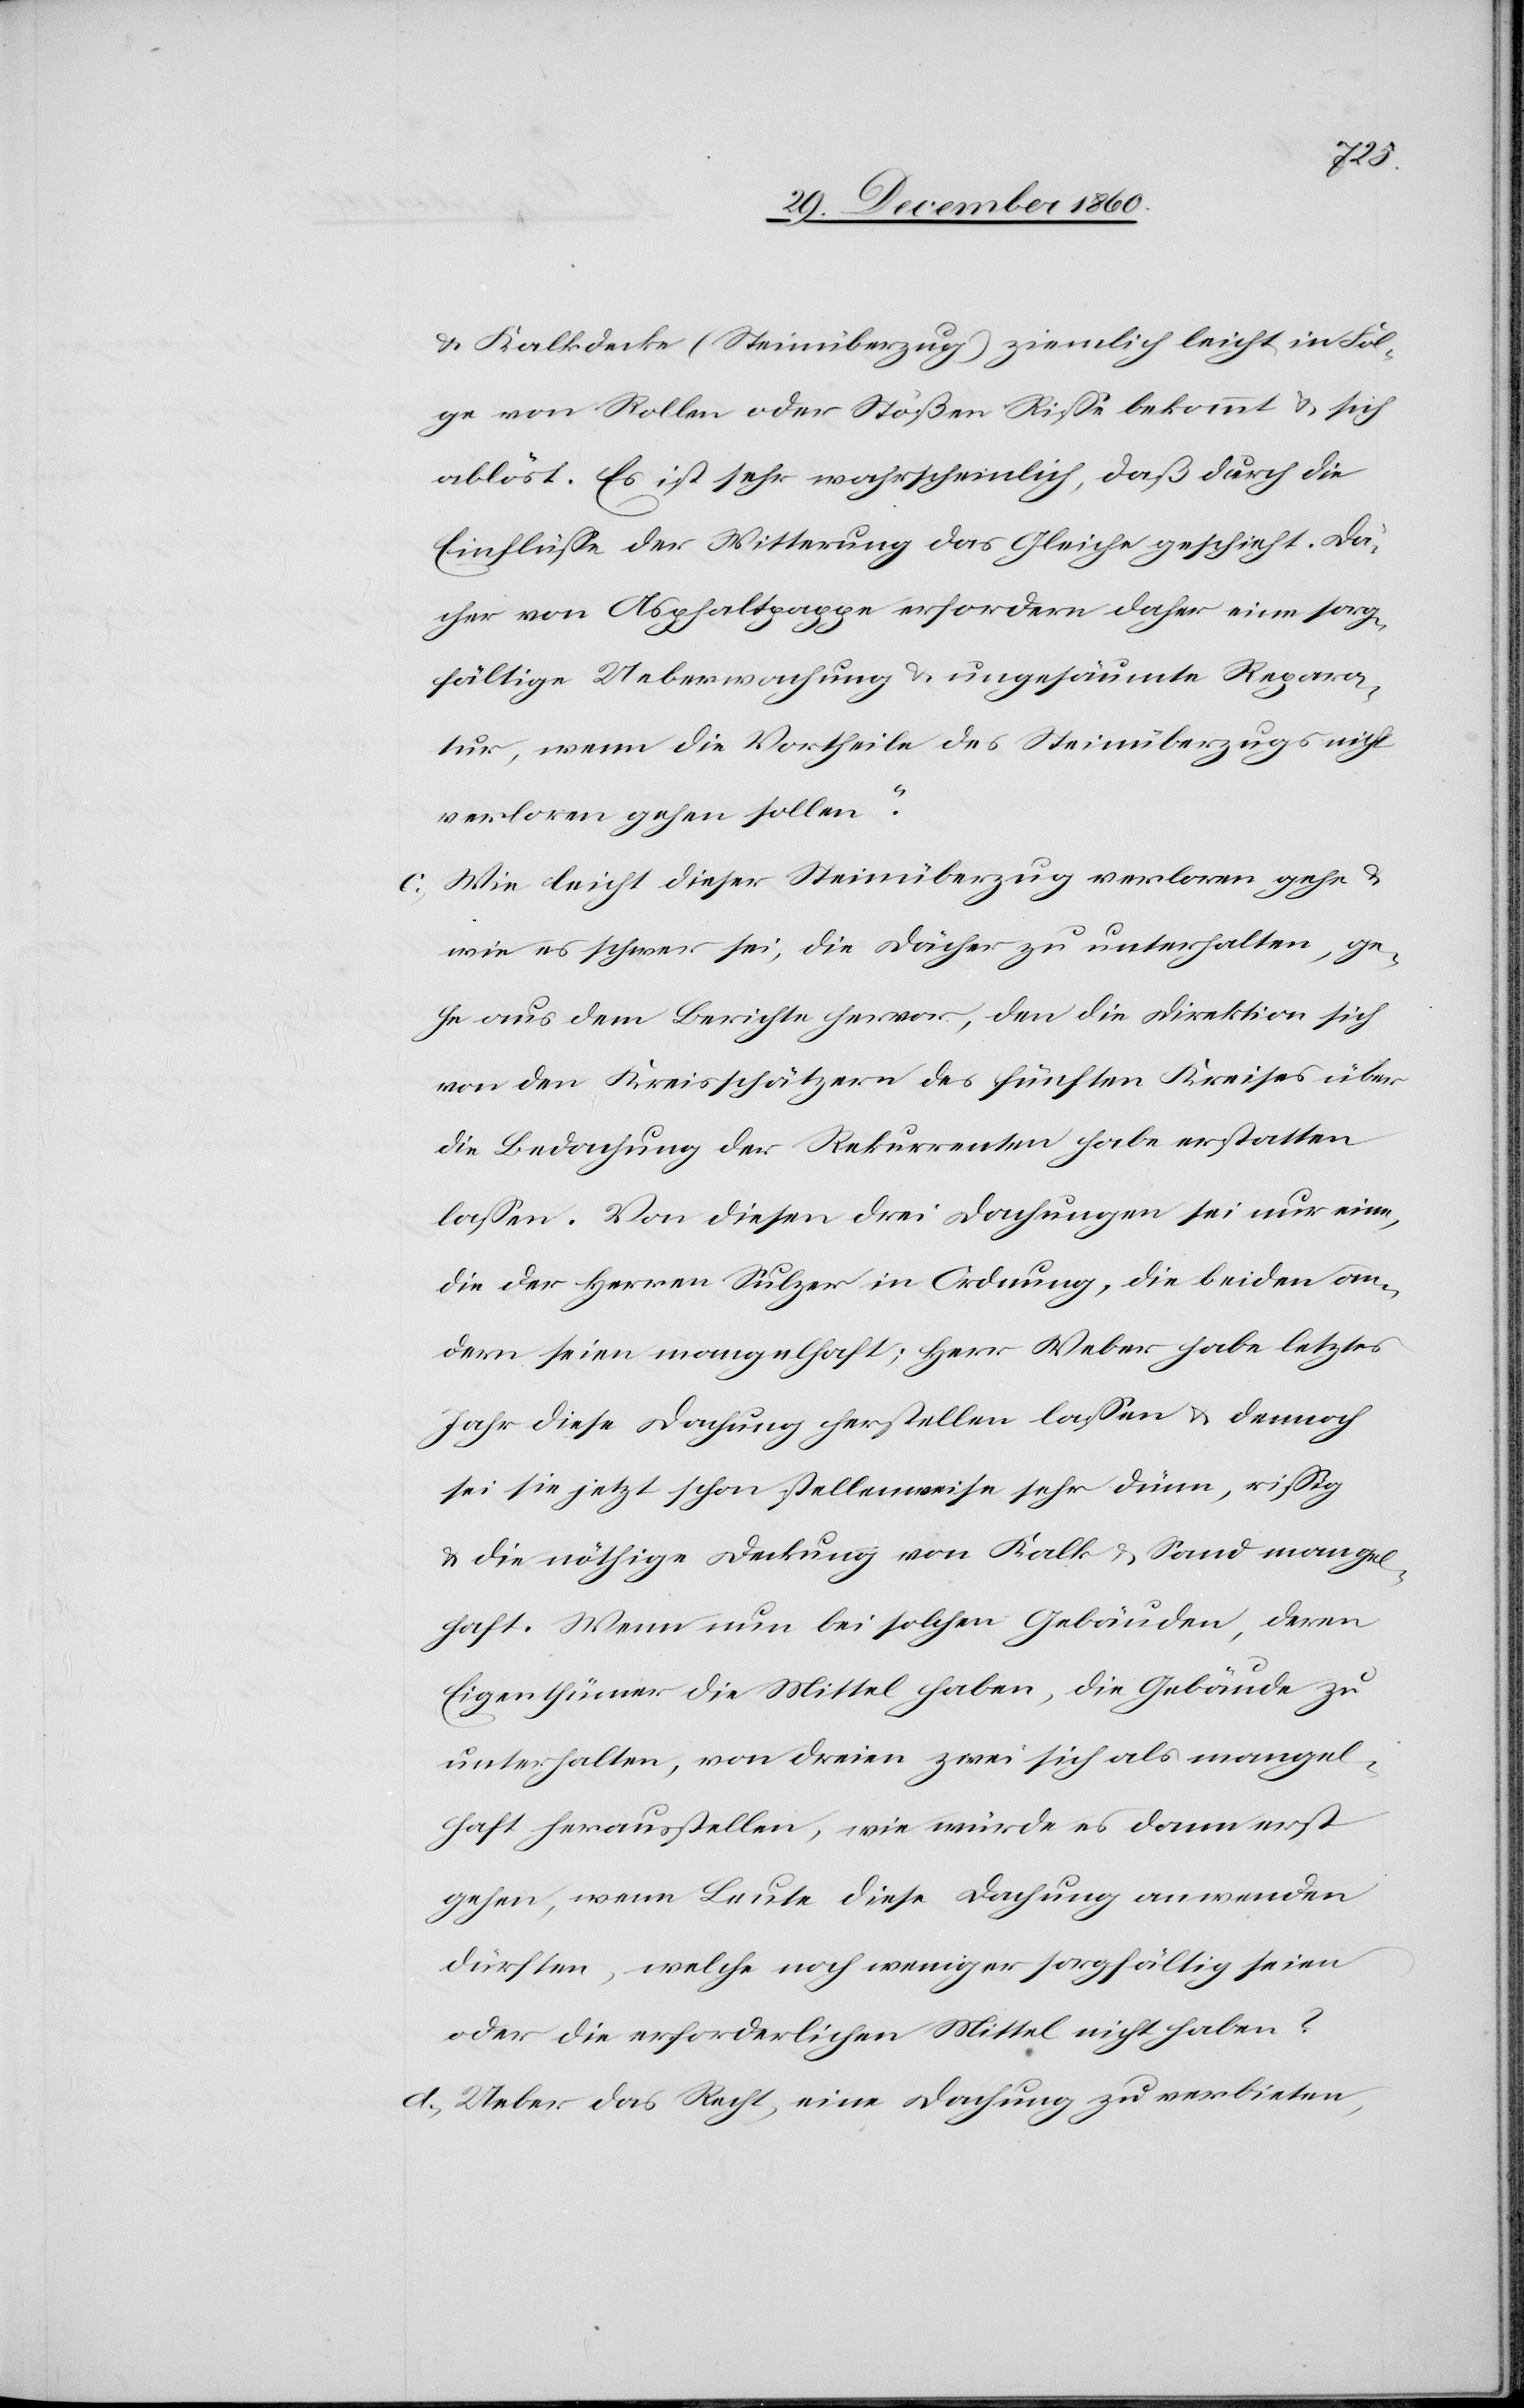
u. Kalkdecke (Steinüberzug) ziemlich leicht in Fol¬
ge von Rollen oder Stößen Risse bekommt u. sich
ablöst. Es ist sehr wahrscheinlich, daß durch die
Einflüsse der Witterung das Gleiche geschieht. Dä¬
cher von Asphaltpappe erfordern daher eine sorg¬
fältige Ueberwachung u. ungesäumte Repara¬
tur, wenn die Vortheile des Steinüberzugs nicht
verloren gehen sollen.“
c. Wie leicht dieser Steinüberzug verloren gehe u.
wie es schwer sei, die Dächer zu unterhalten, ge¬
he aus dem Berichte hervor, den die Direktion sich
von den Kreisschätzern des fünften Kreises über
die Bedachung der Rekurrenten habe erstatten
lassen. Von diesen drei Dachungen sei nur eine,
die der Herren Sulzer in Ordnung, die beiden an¬
dern seien mangelhaft; Herr Weber habe letztes
Jahr diese Dachung herstellen lassen u. dennoch
sei sie jetzt schon stellenweise sehr dünn, rissig
u. die nöthige Deckung von Kalk u. Sand mangel¬
haft. Wenn nun bei solchen Gebäuden, deren
Eigenthümer die Mittel haben, die Gebäude zu
unterhalten, von dreien zwei sich als mangel¬
haft herausstellen, wie würde es dann erst
gehen, wenn Leute diese Dachung anwenden
dürften, welche noch weniger sorgfältig seien
oder die erforderlichen Mittel nicht haben?
d. Ueber das Recht, eine Dachung zu verbieten,